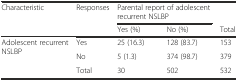
| Characteristic | Responses | <COLSPAN=2> Parental report of adolescent recurrent NSLBP |  |
 |  |  | Yes (%) | No (%) | Total |
 | --- | --- | --- | --- | --- |
 | <ROWSPAN=2> Adolescent recurrent NSLBP | Yes | 25 (16.3) | 128 (83.7) | 153 |
 | No | 5 (1.3) | 374 (98.7) | 379 |
 |  | Total | 30 | 502 | 532 |